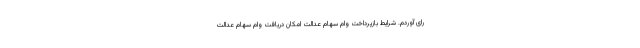
رای آوردم. شرایط بازپرداخت وام سهام عدالت امکان دریافت وام سهام عدالت